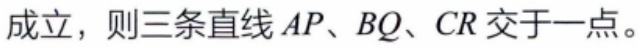
成立，则三条直线 \(AP、BQ、CR\) 交于一点。